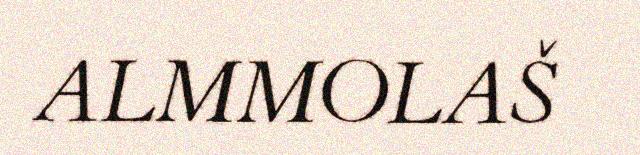
ALMMOLAŠ